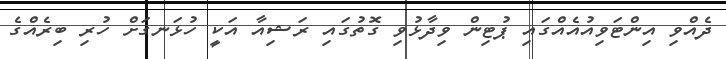
ދެއްވި އިންޓަވިއުއެއްގައި ޕުޓިން ވިދާޅުވި ގޮތުގައި ރަޝިއާ އަކީ ހުޅަނގަށް ހުރި ބިރެއްގެ